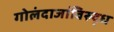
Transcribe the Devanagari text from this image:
गोलंदाजांविरुद्ध